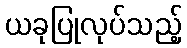
ယခုပြုလုပ်သည့်